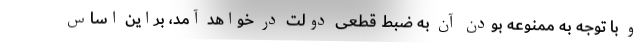
و با توجه به ممنوعه بودن آن به ضبط قطعی دولت در خواهد آمد، براین اساس